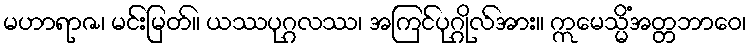
မဟာရာဇ၊ မင်းမြတ်။ ယဿပုဂ္ဂလဿ၊ အကြင်ပုဂ္ဂိုလ်အား။ ဣမေသ္မိံအတ္တဘာဝေ၊